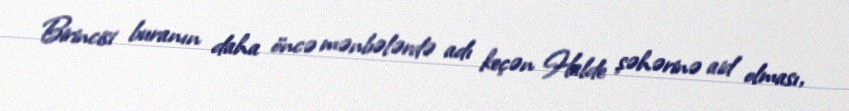
Birincisi buranın daha öncə mənbələrdə adı keçən Halde şəhərinə aid olması,